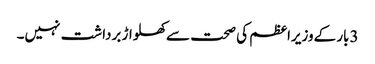
3بار کےوزیراعظم کی صحت سےکھلواڑ برداشت نہیں۔